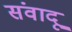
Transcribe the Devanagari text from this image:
संवादू